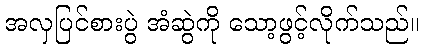
အလှပြင်စားပွဲ အံဆွဲကို သော့ဖွင့်လိုက်သည်။